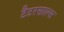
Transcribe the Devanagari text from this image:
टैटरसाल्स